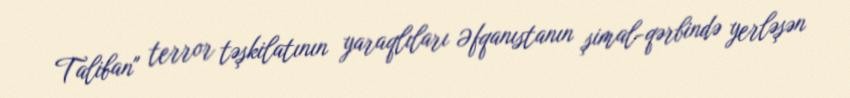
Taliban" terror təşkilatının yaraqlıları Əfqanıstanın şimal-qərbində yerləşən